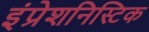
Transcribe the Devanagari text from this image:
इंप्रेशनिस्टिक